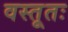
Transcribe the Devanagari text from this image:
वस्तूतः